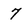
Character: 7